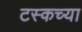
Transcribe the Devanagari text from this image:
टस्कच्या